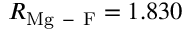
R _ { \mathrm { M g \mathrm { ~ - ~ } F } } = 1 . 8 3 0